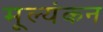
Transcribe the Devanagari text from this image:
मूल्यंकन